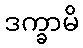
ဒက္ခာမိ